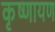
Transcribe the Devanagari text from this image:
कृष्णायण